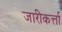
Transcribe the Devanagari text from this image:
जारीकर्त्ता